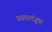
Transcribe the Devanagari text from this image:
प्रस्तरमंजूषा